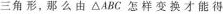
三角形，那么由△ A B C怎样变换才能得